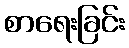
စာရေးခြင်း